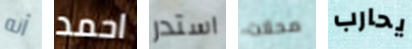
أنه احمد استدر محلات يحارب